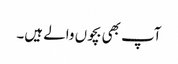
آپ بھی بچوں والے ہیں۔